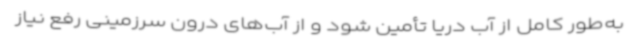
به‌طور کامل از آب دریا تأمین شود و از آب‌های درون سرزمینی رفع نیاز